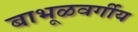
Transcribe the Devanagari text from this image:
बाभूळवर्गीय